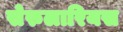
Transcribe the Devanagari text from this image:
सेरुलारियस